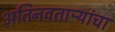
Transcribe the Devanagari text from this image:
अतिनवताऱ्यांचा